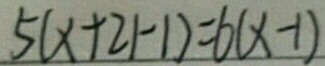
5 ( x + 2 1 - 1 ) = 6 ( x - 1 )